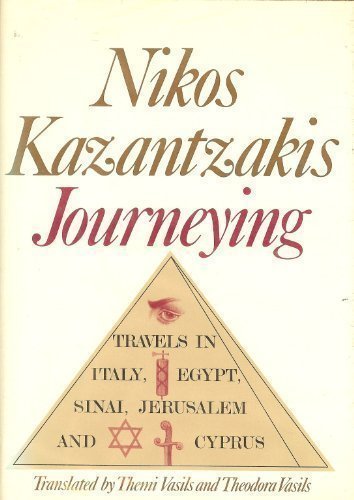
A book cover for Journeying: Travels in Italy, Egypt, Sinai, Jerusalem and Cyprus; Nikos Kazantzakis; Travel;